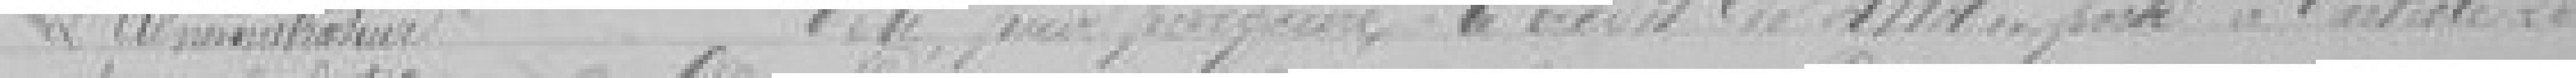
l'Administrateur            vote pour parfaire le crédit de 4114 francs posté à l'article 28